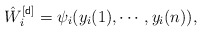
\begin{align*}\hat{W}^{[{\sf d}]}_i=\psi_i(y_i(1),\cdots,y_i(n)),\end{align*}